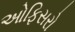
ઓફિસરો